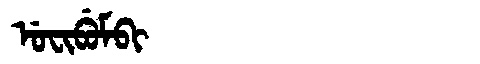
Manchu: ᡠᠸᡳᠪᡠᠮᠪᡳ
Romanization: UFIBUMBI